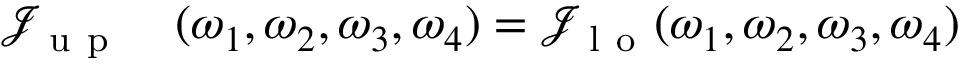
\begin{array} { r l } { \mathcal { J } _ { \mathrm { ~ u ~ p ~ } } } & { { } ( \omega _ { 1 } , \omega _ { 2 } , \omega _ { 3 } , \omega _ { 4 } ) = \mathcal { J } _ { \mathrm { ~ l ~ o ~ } } ( \omega _ { 1 } , \omega _ { 2 } , \omega _ { 3 } , \omega _ { 4 } ) } \end{array}